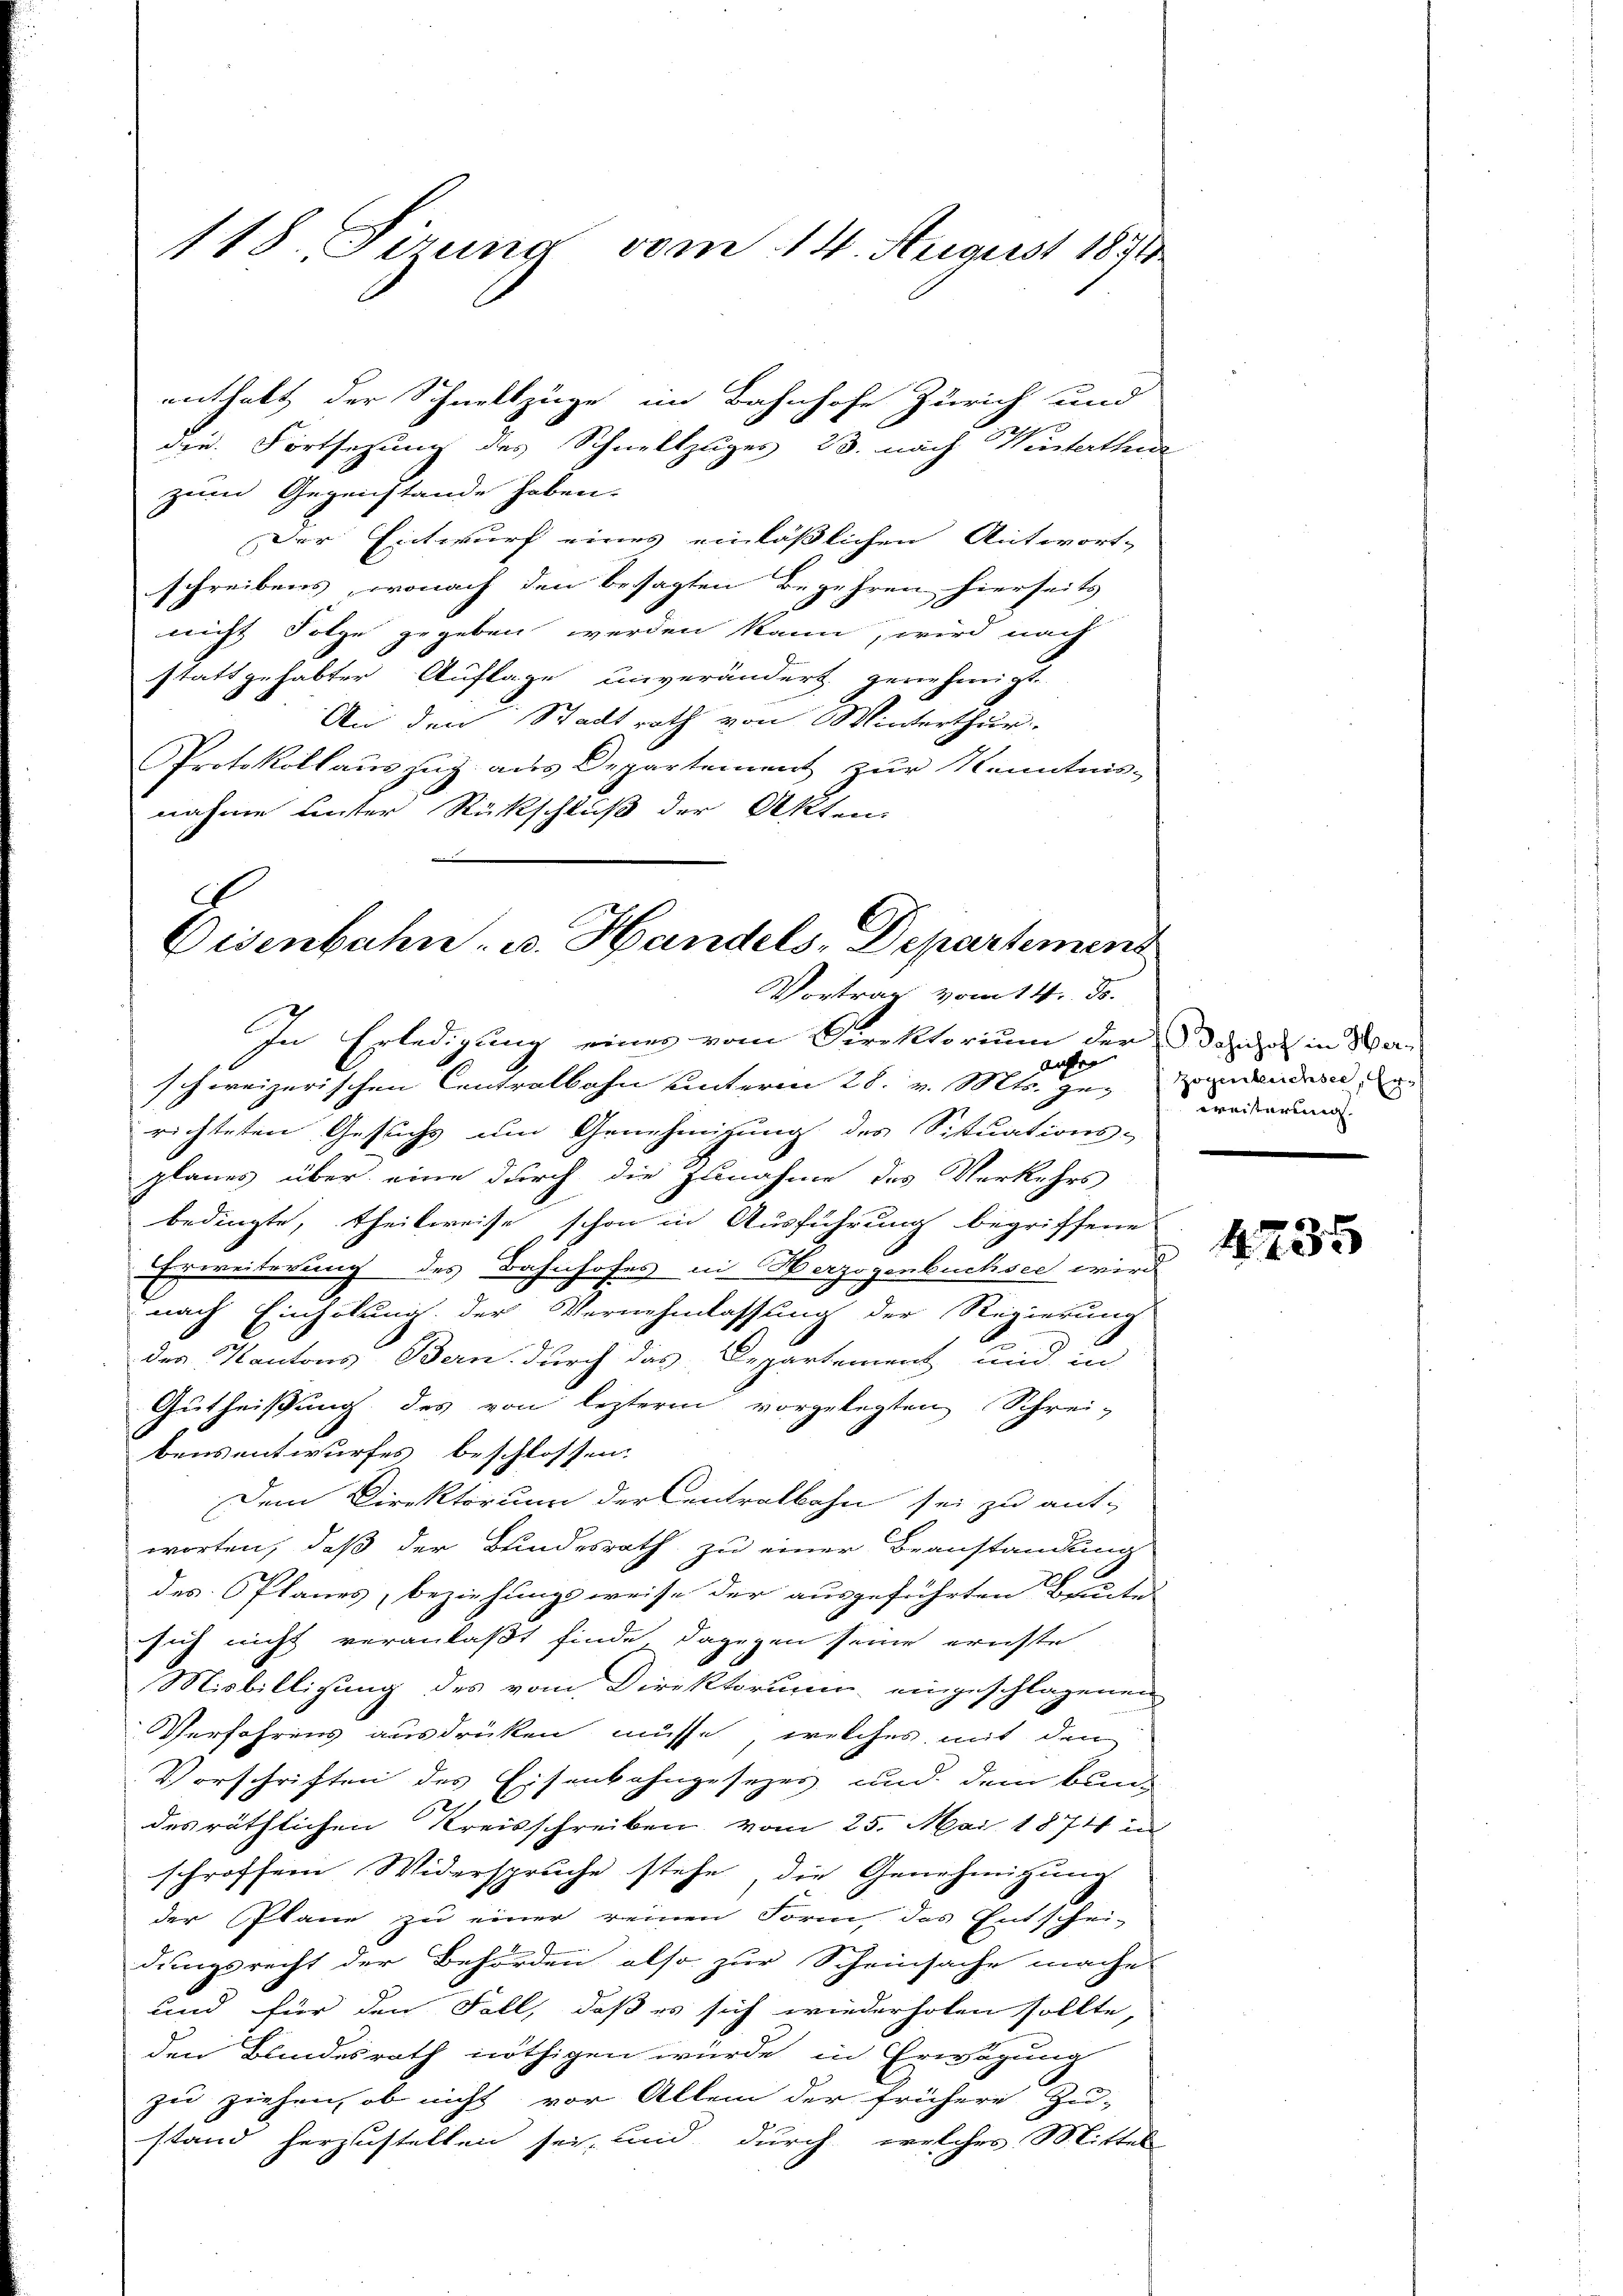
118. Firung vom 14. August 1891

die Fortsehung des Schnellzuges 23. nach Winterthe
zum Gegenstände haben.
Der Entwurf eines einläßlichen Antwort-
schreibens, wonach den besagten Begehren hierseits
nicht Folge gegeben werden kann, wird nach
stattgehabter Auflage unverändert genehmigt.
An den Stadtrath von Winterthur.
Protokollauszug aus Departement zur Kenntnis-
nahme unter Rückschluß der Akten.
In Erledigung eines vom Direktorium der Sanen in Waaufer
schweizerischen Centralbahn unterm 28. v. Mts. gerichteten Gesuchs um Genehmigung des Situations-
planes über eine durch die Zunahme des Verkehrs
bedingte, theilweise schon in Ausführung begriffene
Erweiterung des Bahnhofes in Herzogenbuchsee wird
nach Einholung der Vernehmlassung der Regierung
des Kantons Bern durch das Departement und in
Gutheißung des von lezteren vorgelegten Schrei-
bensentwurfes beschlossen:
Dem Direktorium der Centralbahn sei zu ant-
worten, daß der Bundesrath zu einer Beanstandung
des Planes, beziehungsweise der ausgeführten Baute
sich nicht veranlaßt finde, dagegen seine ernste
Misbilligung des vom Direktorium eingeschlagenen
Verfahrens ausdrücken müsse, welches mit dem
Vorschriften des Eisenbahngesezes und dem bund
des räthlichen Kreisschreiben vom 25. Mai 1874 in
schroffend Widerspruche stehe, die Genehmigung
der Plane zu einer reinen Form, das Entschei-
dungsrecht der Behörden also zur Scheinsache mache
und für den Fall, daß es sich wiederholen sollte,
den Blindesrath nöthigen würde, in Erwägung
zu ziehen, ob nicht vor Allem der frühere Zu-
stand herzustellen sei, und durch welches Mittel

enthalt der Schnellzüge im Bahnhofe Zürich und

Eisenbahn- u. Handels-Departemens
Vortrag vom 14. ds.

Zogenbüchsee, Erweisterung

4735